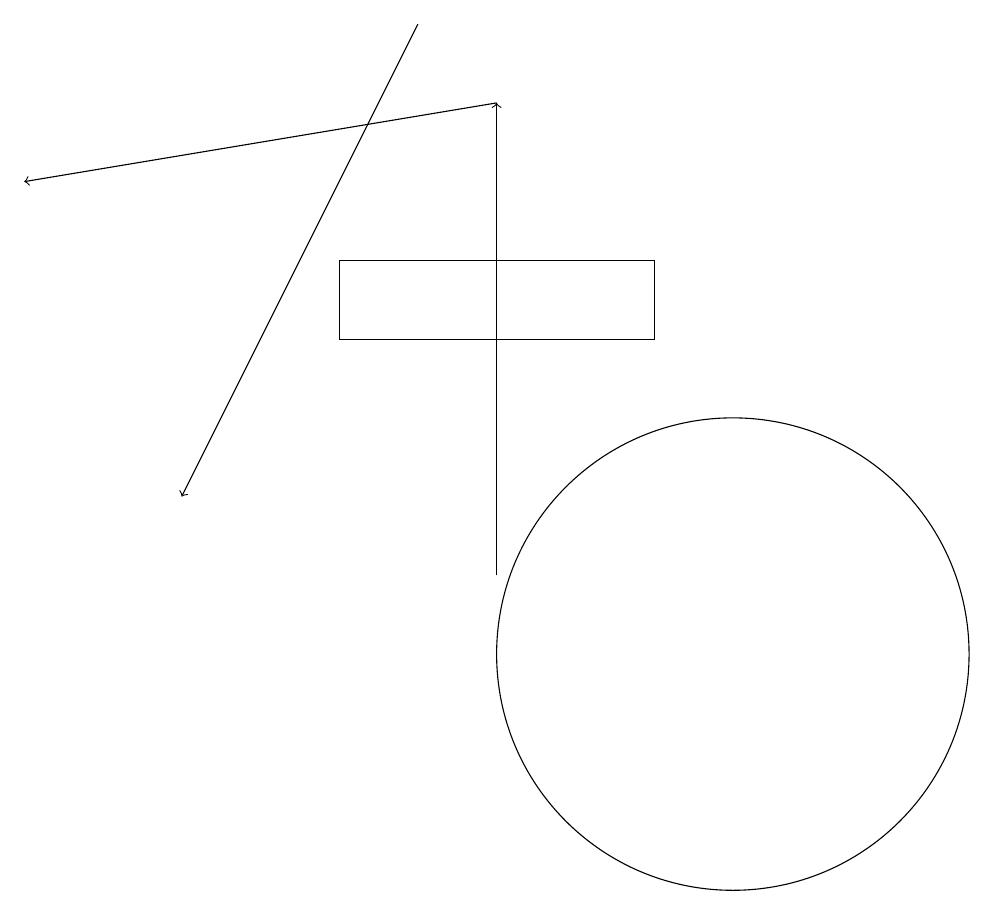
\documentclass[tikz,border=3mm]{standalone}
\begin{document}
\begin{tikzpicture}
\draw (10,10) circle (3);
\draw[->] (6,18) -- (3,12);
\draw (5,14) rectangle (9,15);
\draw[->] (7,11) -- (7,17);
\draw[->] (7,17) -- (1,16);
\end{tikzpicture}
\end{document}